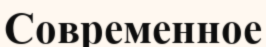
Современное